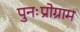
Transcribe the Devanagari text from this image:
पुनःप्रोग्राम